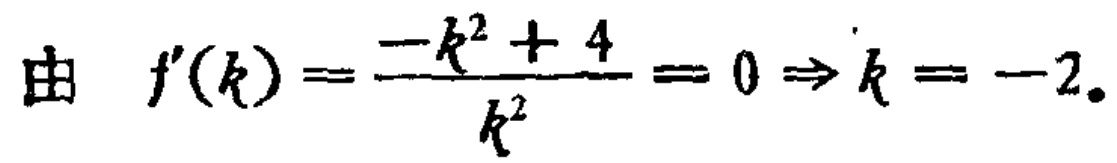
由 \(f'(k)=\frac{-k^{2}+4}{k^{2}} = 0\Rightarrow k = - 2\)。